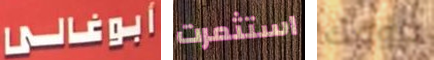
أبوغالى استثمرت بيومك